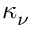
\kappa _ { \nu }